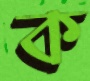
ক